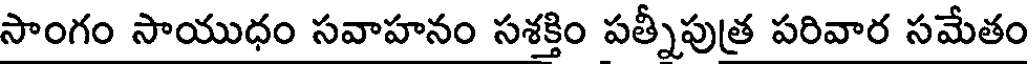
సాంగం సాయుధం సవాహనం సశక్తిం పత్నీపుత్ర పరివార సమేతం